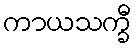
ကာယသက္ခီ